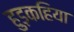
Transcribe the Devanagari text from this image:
हुड़कहिया